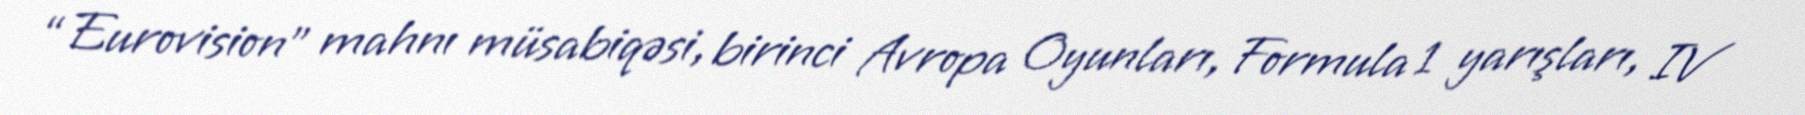
“Eurovision” mahnı müsabiqəsi, birinci Avropa Oyunları, Formula 1 yarışları, IV